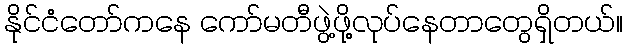
နိုင်ငံတော်ကနေ ကော်မတီဖွဲ့ဖို့လုပ်နေတာတွေရှိတယ်။